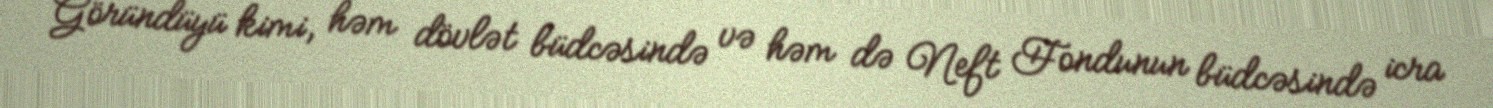
Göründüyü kimi, həm dövlət büdcəsində və həm də Neft Fondunun büdcəsində icra